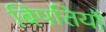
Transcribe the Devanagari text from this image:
बिपत्तियों